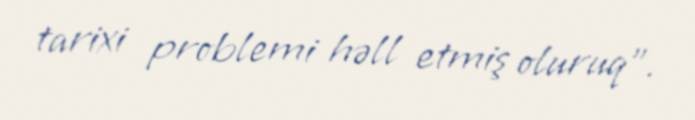
tarixi problemi həll etmiş oluruq”.